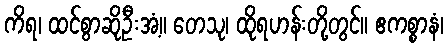
ကိရ၊ ထင်စွာဆိုဦးအံ့။ တေသု၊ ထိုရဟန်းတို့တွင်။ ဧကစ္စာနံ၊